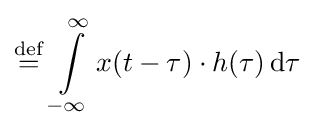
\mathrel {\stackrel {\mathrm {def} }{=}} \int \limits _{-\infty }^{\infty }x(t-\tau )\cdot h(\tau )\,\mathrm {d} \tau